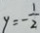
y = - \frac { 1 } { 2 }